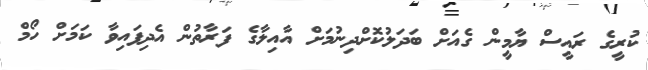
ކުރީގެ ރައީސް ޔާމީން ގެއަށް ބަދަލުކޮށްދިނުމަށް އާއިލާގެ ފަރާތުން އެދިފައިވާ ކަމަށް ހޯމް